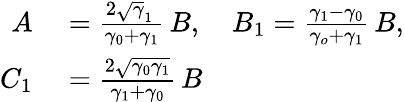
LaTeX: \begin{array}{rl}{A}&{{}=\frac{2\sqrt\gamma_{1}\, }{\gamma_{0}+\gamma_{1}}\, B,\quad B_{1}=\frac{\gamma_{1}-\gamma_{0}}{\gamma_{o}+\gamma_{1}}\, B,}\\ {C_{1}}&{{}=\frac{2\sqrt{\gamma_{0}\gamma_{1}}}{\gamma_{1}+\gamma_{0}}\, B}\end{array}